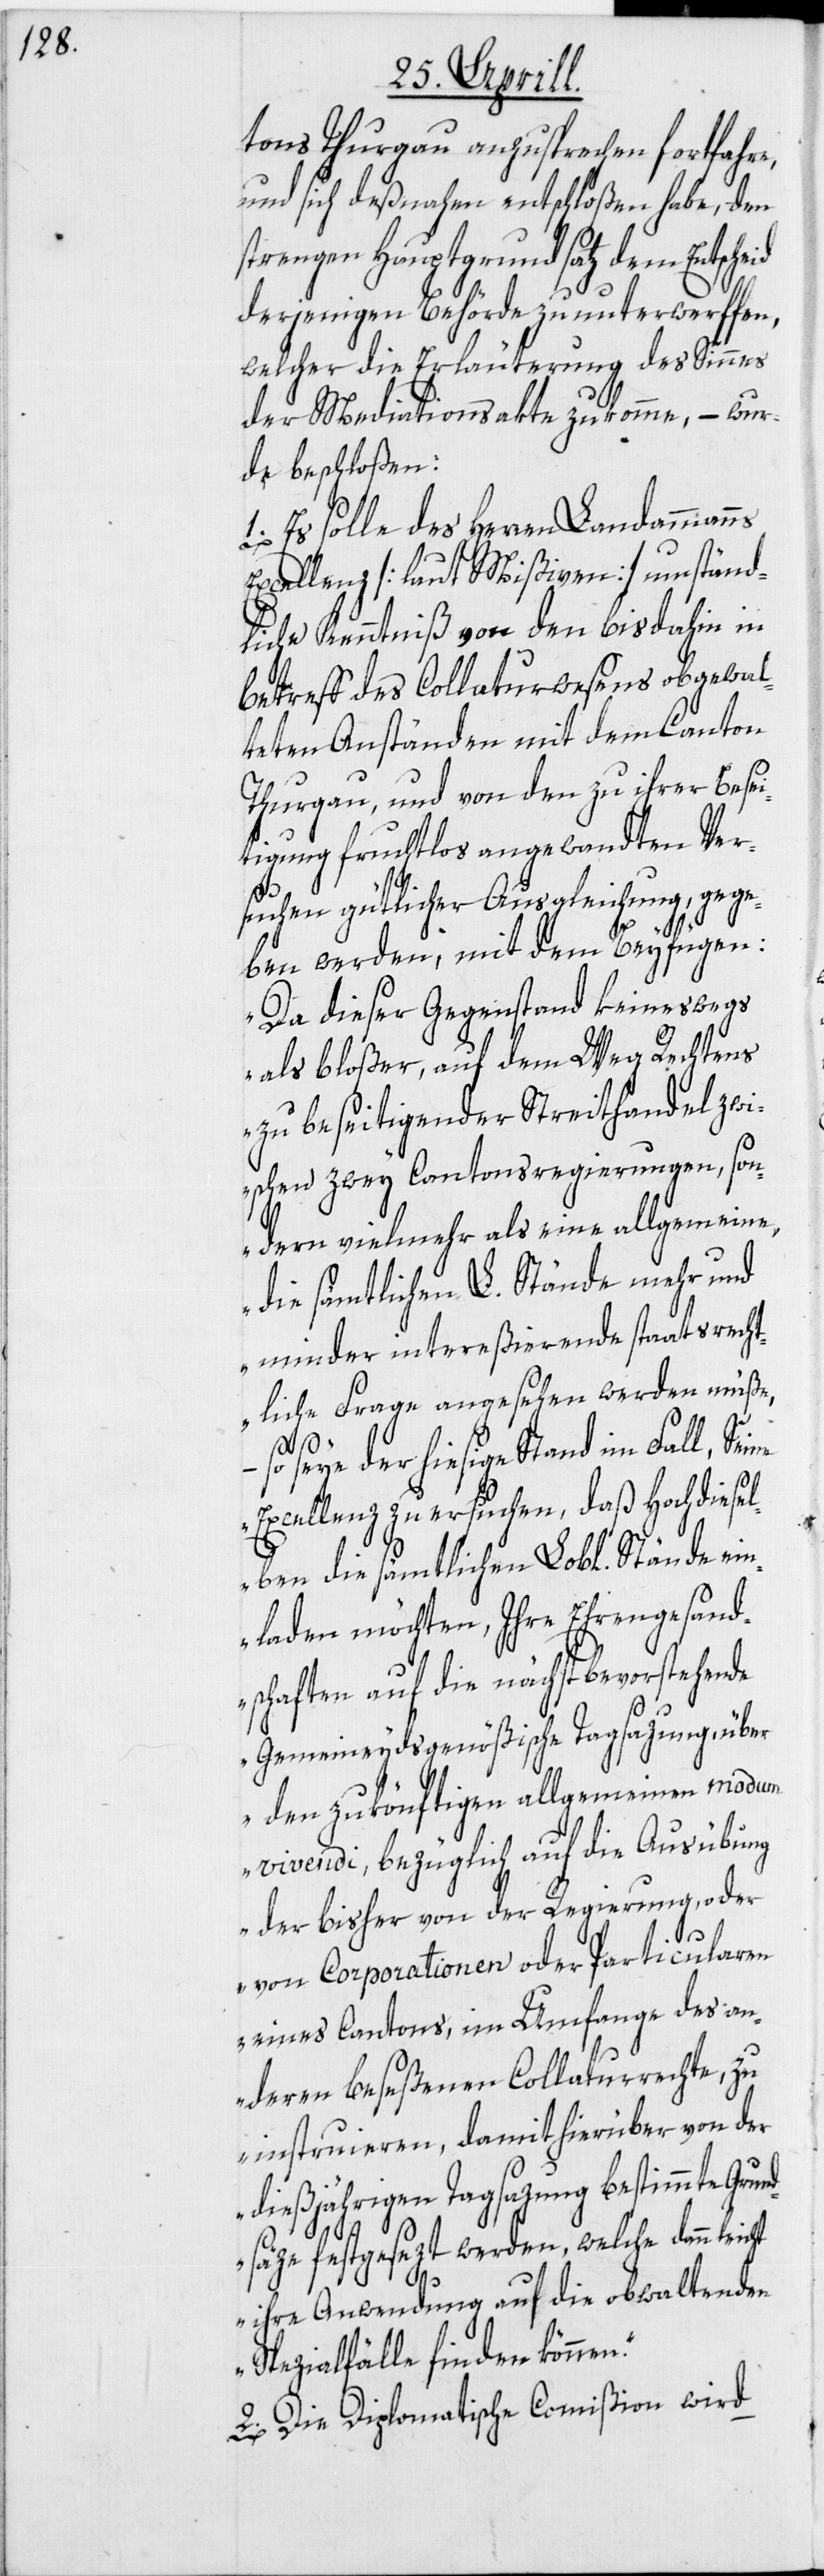
n“.

tons Thurgau anzusprechen fortfahre,
und sich deßnahen entschloßen habe, den
strengen Hauptgrundsatz dem Entsche¬
derjenigen Behörde zu unterwerffen,
welcher die Erläuterung des Sinnes
der Mediationsakte zukomme, – wur¬
de beschloßen:
1. Es solle des Herren Landammanns
Excellenz [laut Mißiven] umständ¬
liche Kenntniß von den bisdahin in
Betreff des Collaturwesens obgewal¬
teten Anständen mit dem Canton
Thurgau, und von den zu ihrer Besei¬
tigung fruchtlos angewandten Ver¬
suchen gütlicher Ausgleichung, gege¬
ben werden, mit dem Beyfügen:
„Da dieser Gegenstand keineswegs
als bloßer, auf dem Weg Rechtens
zu beseitigender Streithandel zwi¬
schen zwey Cantonsregierungen, son¬
dern vielmehr als eine allgemeine,
die sämtlichen L. Stände mehr und
minder intereßierende staatsrecht¬
liche Frage angesehen werden müße,
der hiesige Stand im Fall, Se¬
Excellenz zu ersuchen, daß Hochdiesel¬
ben die sämtlichen Lobl. Stände ein¬
laden möchten, Ihre Ehrengesand¬
schaften auf die nächstbevorstehende
Gemeineydsgenößische Tagsazung, über
den zukönftigen allgemeinen modum
vivendi, bezüglich auf die Ausübung
der bisher von der Regierung, oder
von Corporationen oder Particularen
eines Cantons, im Umfange des an¬
deren beseßenen Collaturrechte, zu
instruieren, damit hierüber von der
dießjährigen Tagsazung bestimmte Grun¬
dsäze festgesezt werden, welche dann
ihre Anwendung auf die obwaltenden
Spezialfälle finden könne¬
2. Die Diplomatische Commißion wird